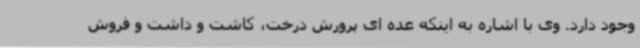
وجود دارد. وی با اشاره به اینکه عده ای پرورش درخت، کاشت و داشت و فروش